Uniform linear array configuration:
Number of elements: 16
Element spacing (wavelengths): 0.5
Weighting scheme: blackman
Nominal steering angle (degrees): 60
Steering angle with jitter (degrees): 61.174
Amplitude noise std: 0.05
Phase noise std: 0.05

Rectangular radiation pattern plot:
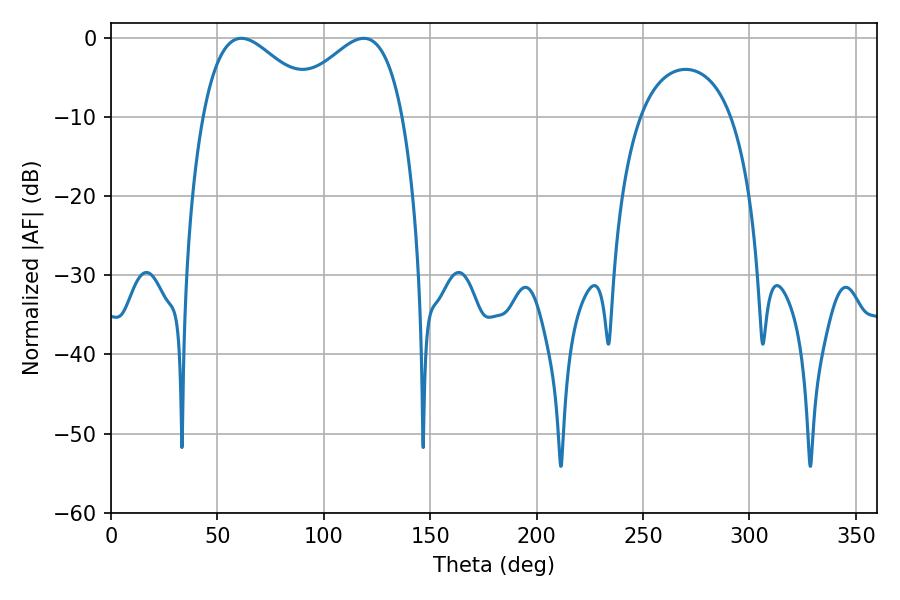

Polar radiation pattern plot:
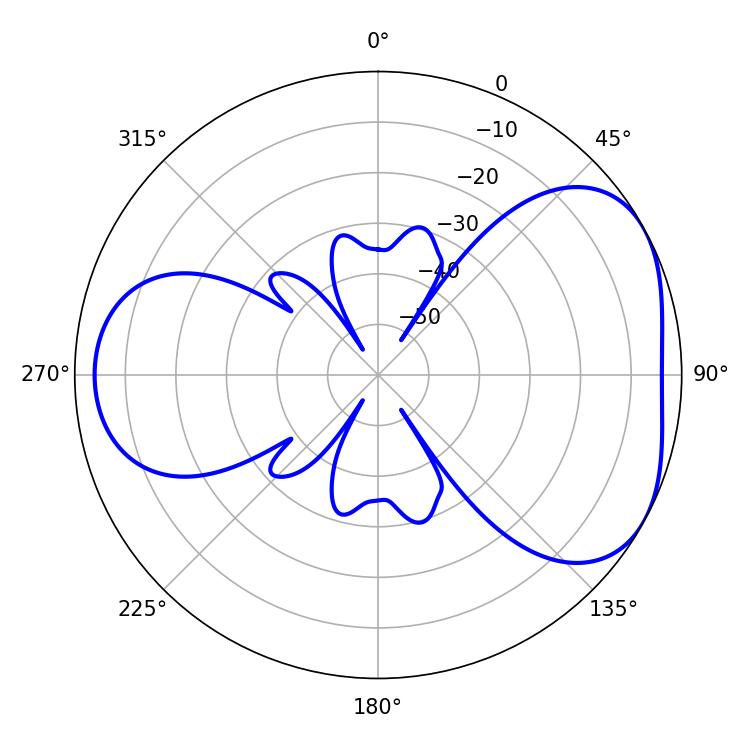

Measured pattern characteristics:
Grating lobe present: FALSE
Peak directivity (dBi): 4.449
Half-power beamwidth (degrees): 29.7
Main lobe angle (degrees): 61.2